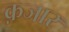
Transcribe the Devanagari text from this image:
क़जार